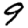
Digit: 9